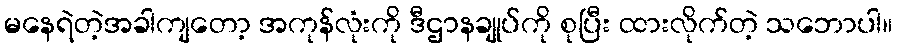
မနေရဲတဲ့အခါကျတော့ အကုန်လုံးကို ဒီဌာနချုပ်ကို စုပြီး ထားလိုက်တဲ့ သဘောပါ။